Lunatic asylums Central Provinces reports 1886-1894 - 1886-1894
Year: 1886
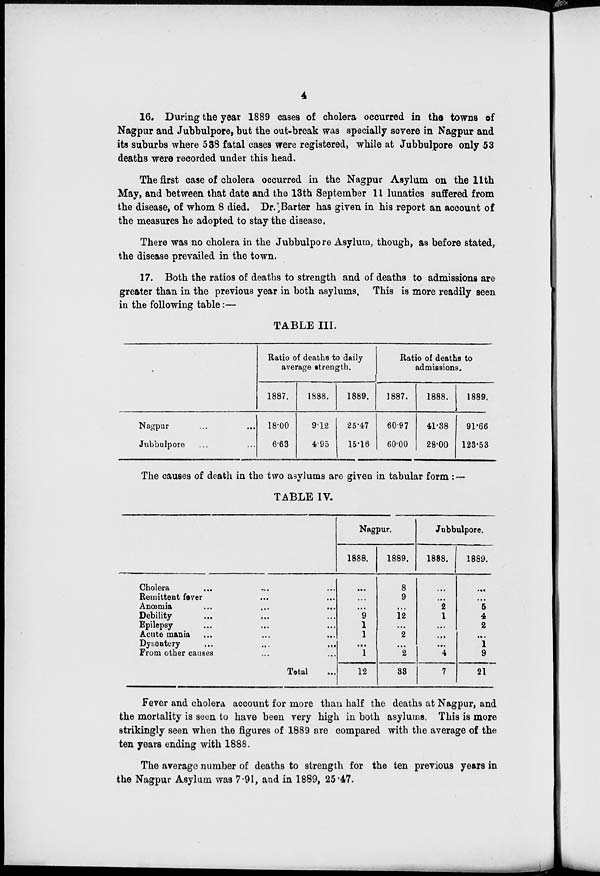
4
16. During the year 1889 cases of cholera occurred in the towns of
Nagpur and Jubbulpore, but the out-break was specially severe in Nagpur and
its suburbs where 538 fatal cases were registered, while at Jubbulpore only 53
deaths were recorded under this head.
The first case of cholera occurred in the Nagpur Asylum on the 11th
May, and between that date and the 13th September 11 lunatics suffered from
the disease, of whom 8 died. Dr. Barter has given in his report an account of
the measures he adopted to stay the disease.
There was no cholera in the Jubbulpore Asylum, though, as before stated,
the disease prevailed in the town.
17. Both the ratios of deaths to strength and of deaths to admissions are
greater than in the previous year in both asylums. This is more readily seen
in the following table:—
TABLE III.
Nagpur ... ...
Jubbulpore ... ...
Ratio of deaths to daily
average strength.
1887.
18.00
6.63
1888.
9.12
4.95
1889.
25.47
15.16
Ratio of deaths to
admissions.
1887.
60.97
60.00
1888.
41.38
23.00
1889.
91.66
123.53
The causes of death in the two asylums are given in tabular form :—
TABLE IV.
Cholera ... ... ...
Remittent fever ... ...
Anœmia ... ... ...
Debility ... ... ...
Epilepsy ... ... ...
Acute mania ... ... ...
Dysentery
...
...
...
From other causes ... ...
Total ...
Nagpur.
1888.
...
...
...
9
1
1
...
1
12
1889.
8
9
...
12
...
2
...
2
33
Jubbulpore.
1888.
...
...
2
1
...
...
...
4
7
1889.
...
...
5
4
2
...
1
9
21
Fever and cholera account for more than half the deaths at Nagpur, and
the mortality is seen to have been very high in both asylums. This is more
strikingly seen when the figures of 1889 are compared with the average of the
ten years ending with 1888.
The average number of deaths to strength for the ten previous years in
the Nagpur Asylum was 7.91, and in 1889, 25.47.